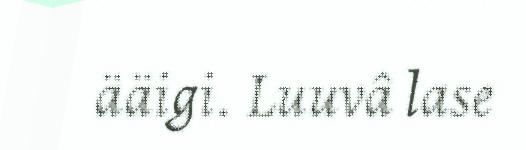
ääigi. Luuvâ lase